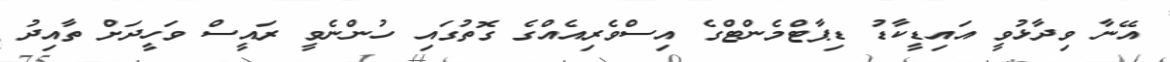
އޭނާ ވިދާޅުވީ އައިޑީކާޑު ޑިޕާޓްމެންޓްގެ އިސްވެރިއެއްގެ ގޮތުގައި ހުންނެވީ ރައީސް ވަހީދަށް ތާއިދު